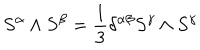
LaTeX: S ^ { \alpha } \wedge S ^ { \beta } = \frac 1 3 \delta ^ { \alpha \beta } S ^ { \gamma } \wedge S ^ { \gamma } \label G